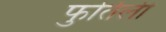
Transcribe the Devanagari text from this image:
फुर्तिली